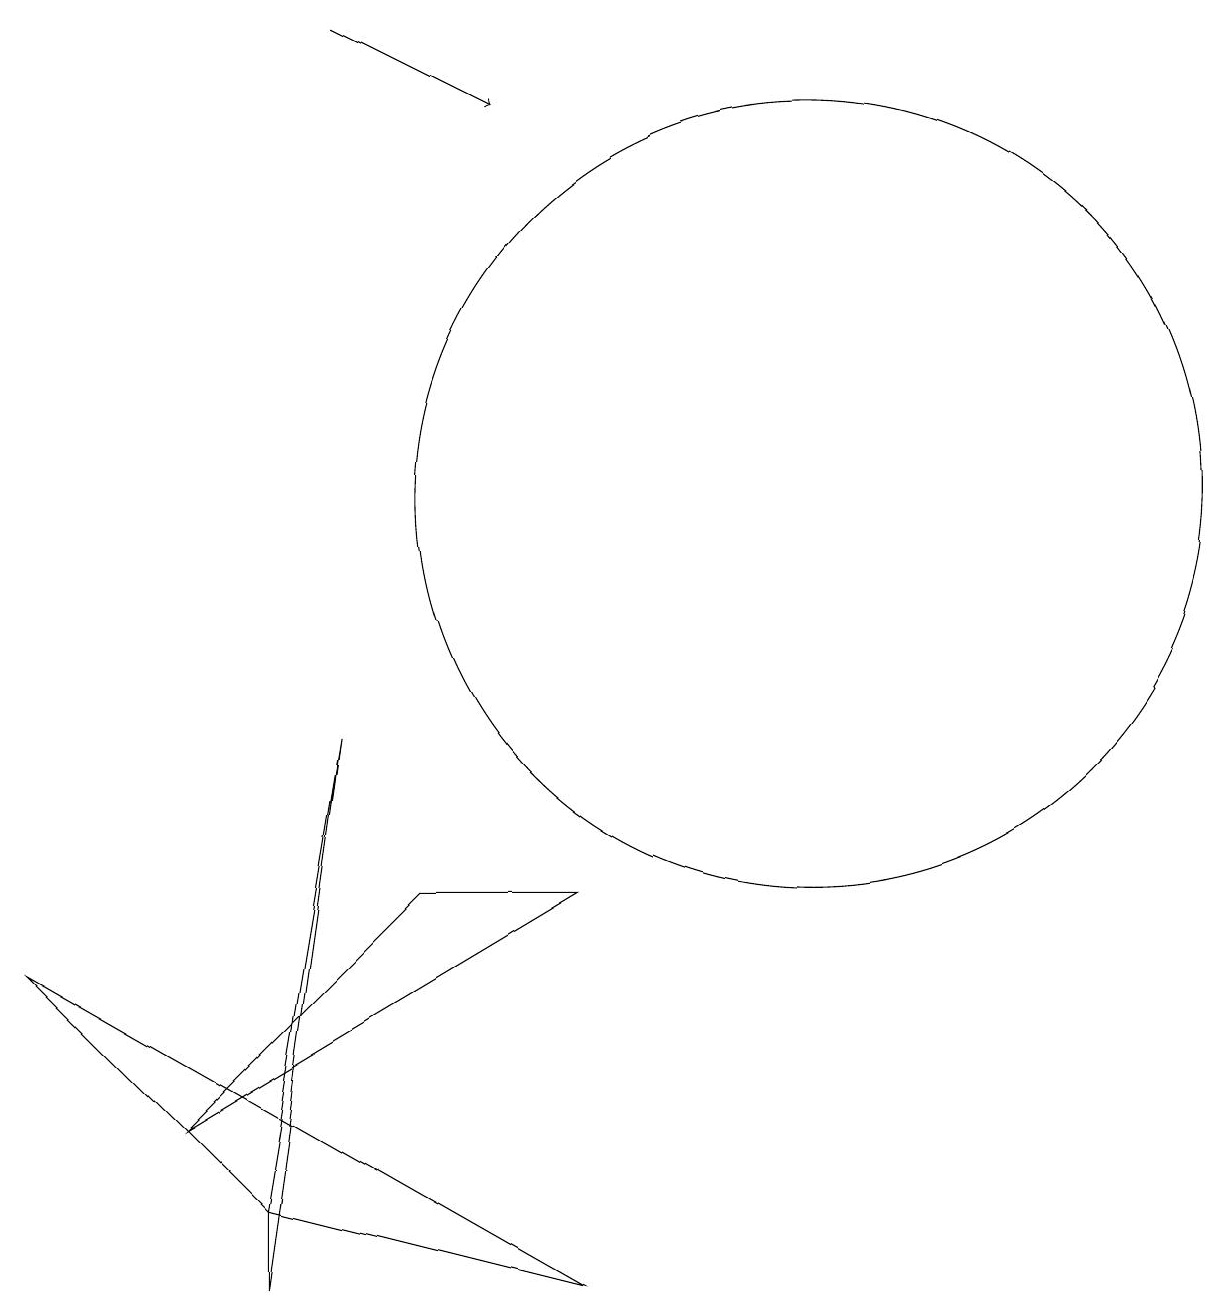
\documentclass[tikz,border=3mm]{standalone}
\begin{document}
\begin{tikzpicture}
\draw (3,1) -- (3,2) -- (4,8) -- cycle;
\draw (5,6) -- (7,6) -- (2,3) -- cycle;
\draw (0,5) -- (7,1) -- (3,2) -- cycle;
\draw[->] (4,17) -- (6,16);
\draw (10,11) circle (5);
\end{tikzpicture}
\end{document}